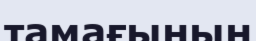
тамағының